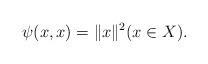
LaTeX: \begin{align*}\psi(x,x)=\|x\|^2 (x \in X).\end{align*}